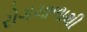
રોગચાળાથી